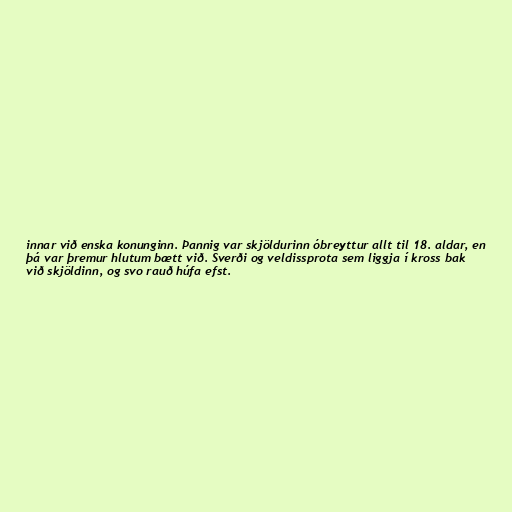
innar við enska konunginn. Þannig var skjöldurinn óbreyttur allt til 18. aldar, en
þá var þremur hlutum bætt við. Sverði og veldissprota sem liggja í kross bak
við skjöldinn, og svo rauð húfa efst.